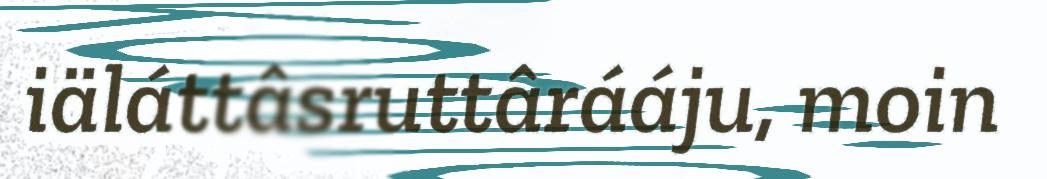
iäláttâsruttârááju, moin